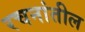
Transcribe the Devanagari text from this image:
रचनांतील